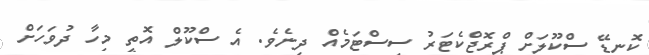
ކޮނޑޭ ސްކޫލަށް ޕްރޮޖްކެޓަރު ސިސްޓަމެއް ދިނެވެ. އެ ސްކޫލް އޮތީ މިހާ ދުވަހަށް